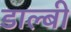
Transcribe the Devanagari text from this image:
डाल्बी